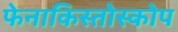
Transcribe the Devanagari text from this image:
फेनाकिस्तोस्कोप